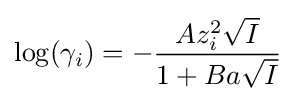
\log(\gamma _{i})=-{\frac {Az_{i}^{2}{\sqrt {I}}}{1+Ba{\sqrt {I}}}}